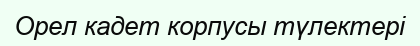
Орел кадет корпусы түлектері